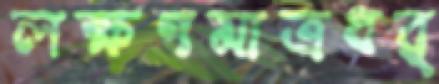
লক্ষণমাত্রধর্